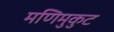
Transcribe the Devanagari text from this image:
मणिमुकुट